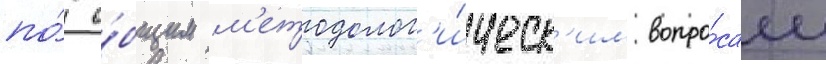
по́ о́бщим м'етодолог'и́ческ'им вопро́сам